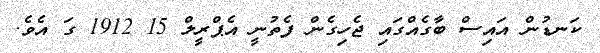
ކަނޑުން އައިސް ބާގެއްގައި ޖެހިގެން ފެތުނީ އެޕްރީލް 15 1912 ގަ އެވެ.